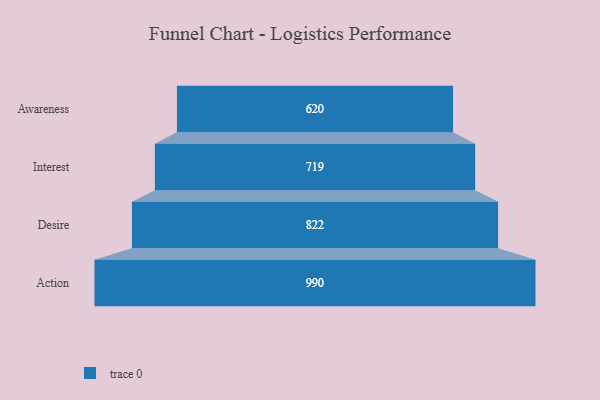
{"axis": {"x": "Stage", "y": "Value"}, "legend": [""], "data": [{"x": "Awareness", "y": 620.0, "type": ""}, {"x": "Interest", "y": 719.0, "type": ""}, {"x": "Desire", "y": 822.0, "type": ""}, {"x": "Action", "y": 990.0, "type": ""}]}